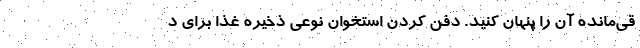
قی‌مانده آن را پنهان کنید. دفن کردن استخوان نوعی ذخیره غذا برای د